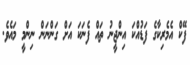
ފޭކް އެމެރިކާގެ ފަޑުއްކަ އިންޖީނު ތައް ފެނަކަ އަށް ގަންނަން ނިންމީ މައެވެ.